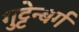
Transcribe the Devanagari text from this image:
गुट्टेन्बर्ग